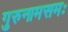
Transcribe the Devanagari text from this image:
गुरुनामसमः